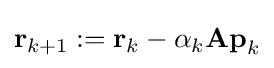
\mathbf {r} _{k+1}:=\mathbf {r} _{k}-\alpha _{k}\mathbf {Ap} _{k}